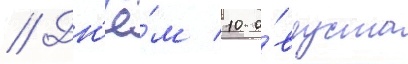
// Дн'ё́м 10 а́вгуста